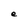
Character: e